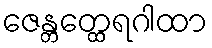
ဇေန္တတ္ထေရဂါထာ